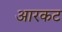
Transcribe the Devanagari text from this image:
आरकट